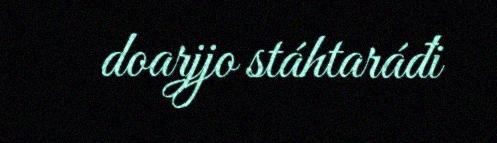
doarjjo stáhtaráđi